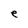
Character: e